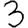
Digit: 3